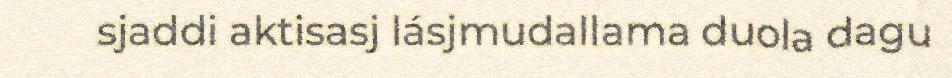
sjaddi aktisasj lásjmudallama duola dagu